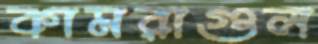
কামরাগুল